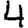
Digit: 4